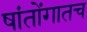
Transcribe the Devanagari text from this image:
षांतोंगातच